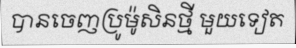
បានចេញប្រូម៉ូសិនថ្មី មួយទៀត